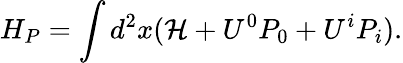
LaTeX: H_{P}=\int d^{2}x({\mathcal{H}}+U^{0}P_{0}+U^{i}P_{i}).